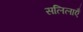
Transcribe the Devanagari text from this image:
सलिलाएँ